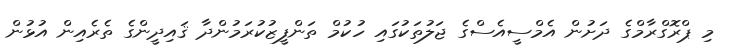
މި ޕްރޮގްރާމްގެ ދަށުން އެމްސީއެސްގެ ޖަލުތަކުގައި ހުކުމް ތަންފީޒުކުރަމުންދާ ޤައިދީންގެ ތެރެއިން އުޅުން